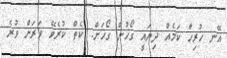
އޭނ ހުރިހާ ކަމެއް ދިޔައީ ގޯހުން ގޯހަށް.. ކެތް ކުރެވޭ ވަރަށް ވުރެ